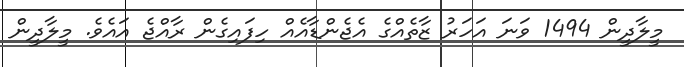
މީލާދީން 1494 ވަނަ އަހަރު ޒާތެއްގެ އެޖެންޑާއެއް ހިފައިގެން ރާއްޖެ އައެވެ. މީލާދީން